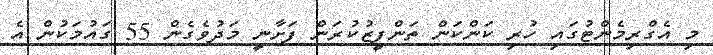
މި އެގްރިމެންޓުގައި ހުރި ކަންކަން ތަންފީޒުކުރަން ފަށާނީ މަދުވެގެން 55 ގައުމަކުން އެ